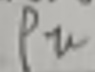
$P_{u}$